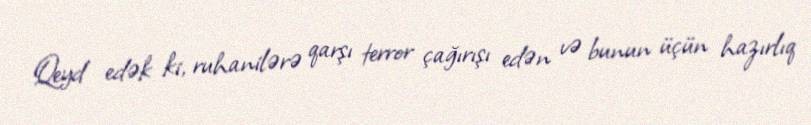
Qeyd edək ki, ruhanilərə qarşı terror çağırışı edən və bunun üçün hazırlıq